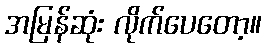
အမြန်ဆုံး လိုက်ပေတော့။